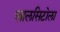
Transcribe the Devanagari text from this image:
खालसिटोला